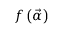
f \left( \vec { \alpha } \right)